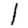
Digit: 1